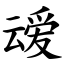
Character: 叆